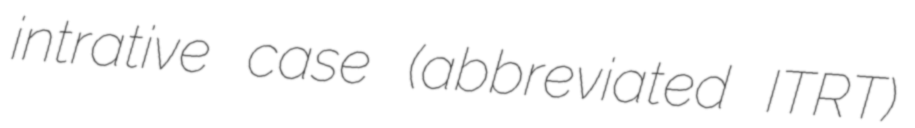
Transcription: intrative case (abbreviated ITRT)